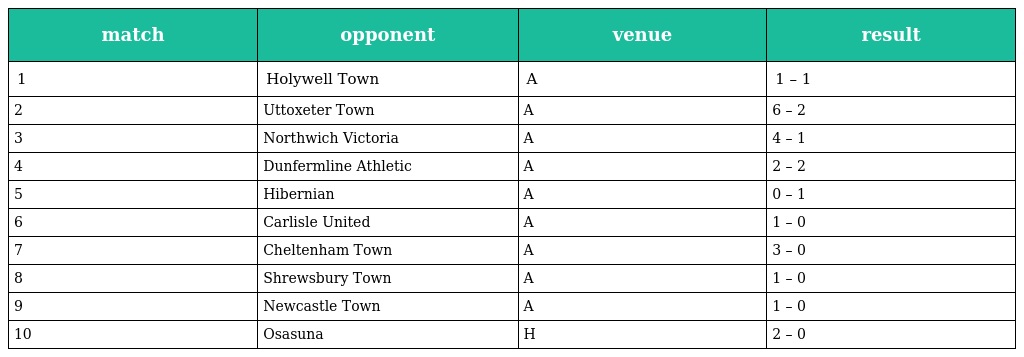
| match | opponent | venue | result |
 | --- | --- | --- | --- |
 | 1 | Holywell Town | A | 1 – 1 |
 | 2 | Uttoxeter Town | A | 6 – 2 |
 | 3 | Northwich Victoria | A | 4 – 1 |
 | 4 | Dunfermline Athletic | A | 2 – 2 |
 | 5 | Hibernian | A | 0 – 1 |
 | 6 | Carlisle United | A | 1 – 0 |
 | 7 | Cheltenham Town | A | 3 – 0 |
 | 8 | Shrewsbury Town | A | 1 – 0 |
 | 9 | Newcastle Town | A | 1 – 0 |
 | 10 | Osasuna | H | 2 – 0 |